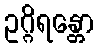
ဥဂ္ဂိရန္တော